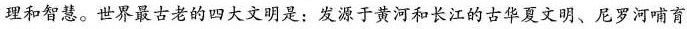
理和智慧。世界最古老的四大文明是：发源于黄河和长江的古华夏文明、尼罗河哺育